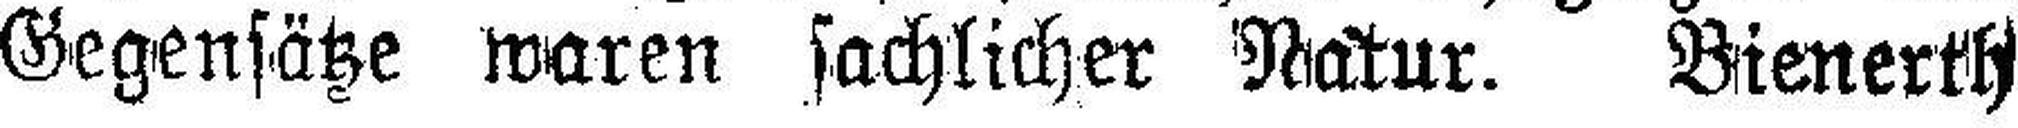
Gegensätze waren sachlicher Natur. Bienerth